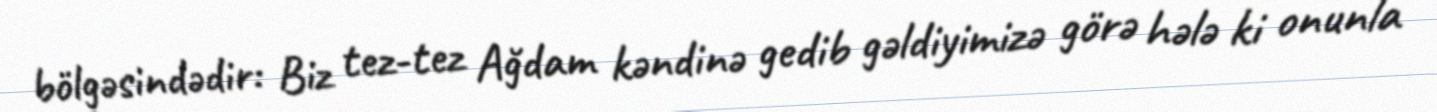
bölgəsindədir: Biz tez-tez Ağdam kəndinə gedib gəldiyimizə görə hələ ki onunla